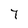
Character: 7